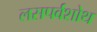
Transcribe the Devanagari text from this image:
लसपर्वशोथ